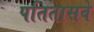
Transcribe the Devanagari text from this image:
पतितासवे